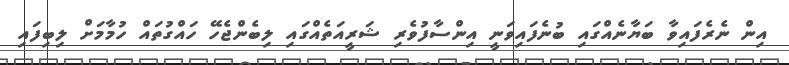
އިން ނެރެފައިވާ ބަޔާނެއްގައި ބުނެފައިވަނީ އިންސާފުވެރި ޝަރީއަތެއްގައި ލިބެންޖެހޭ ހައްގުތައް ހުމާމަށް ލިބިފައި